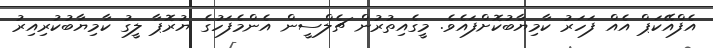
އެފްއޭކަޕް އެއް ފަހަރު ކާމިޔާބުކޮށްފައެވެ. މީގެއިތުރުން ޗެލްސީން އެންމެފަހުގެ ޔުރޮޕާ ލީގު ކާމިޔާބުކުރިއިރު